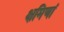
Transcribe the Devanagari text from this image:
क्षमिणां